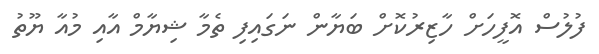
ފުލުސް އޮފީހަށް ހާޒިރުކޮށް ބަޔާން ނަގައިފި ތެމާ ޝިޔާމް އާއި މުއާ ޔޫތު